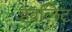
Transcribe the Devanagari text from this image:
हेवलिट